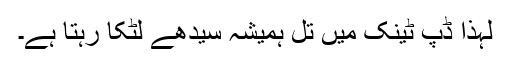
لہذا ڈپ ٹینک میں تل ہمیشہ سیدھے لٹکا رہتا ہے۔